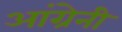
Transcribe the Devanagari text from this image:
आंग्रेनी